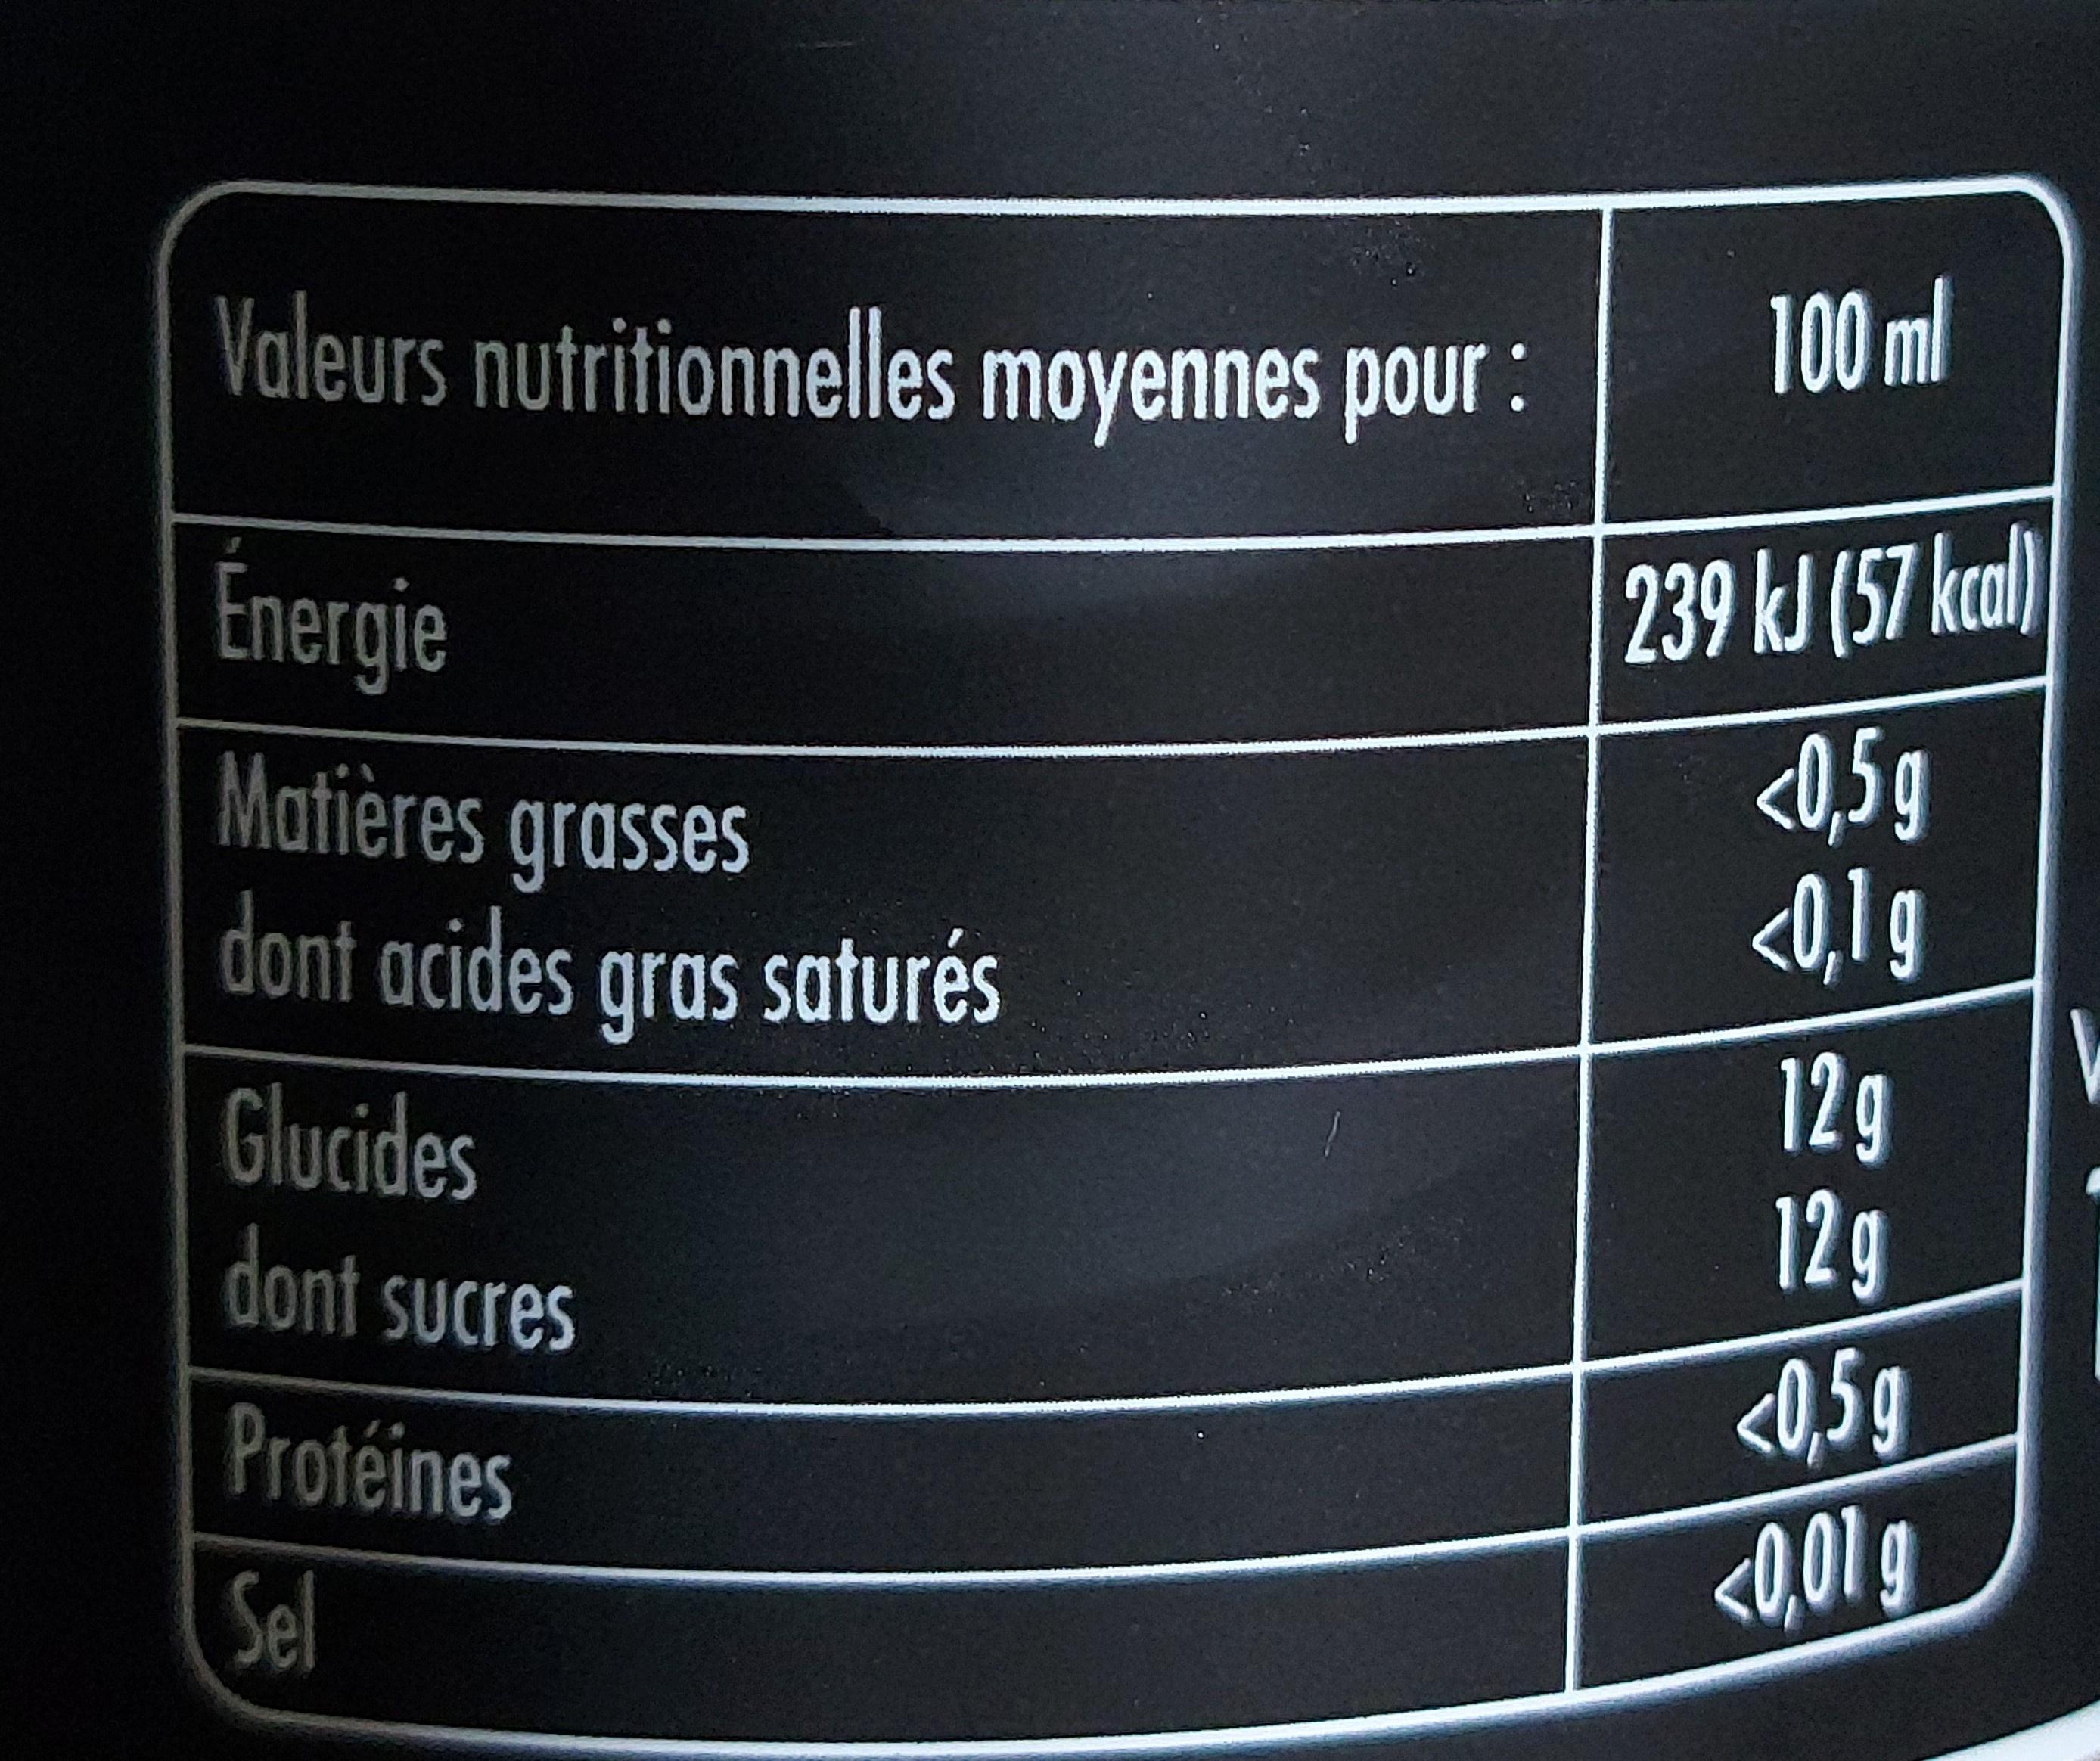
Valeurs nutritionnelles moyennes pour :
100ml
Énergie
239 kJ (57 kal
Matières grasses dont acides gras saturés
<0,5g <0,1g
12g 12g
Glucides
dont sucres
<Q,5g
Protéines
Sel